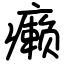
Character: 癞